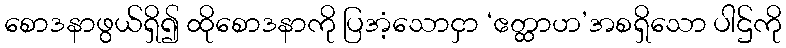
စောဒနာဖွယ်ရှိ၍ ထိုစောဒနာကို ပြအံ့သောငှာ ‘ဧတ္ထာဟ’အစရှိသော ပါဌ်ကို